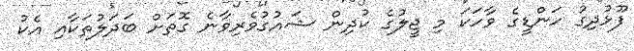
ފޫޅުދިގު ހަންޑީގެ ވާހަކަ މި ޖީލުގެ ކުދިން ޝައުގުވެރިވާނެ ގޮތަށް ބަދަލުތަކާއި އެކު